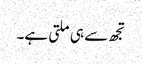
تجھ سے ہی ملتی ہے۔